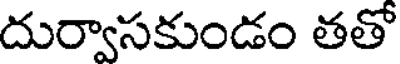
దుర్వాసకుండం తతో